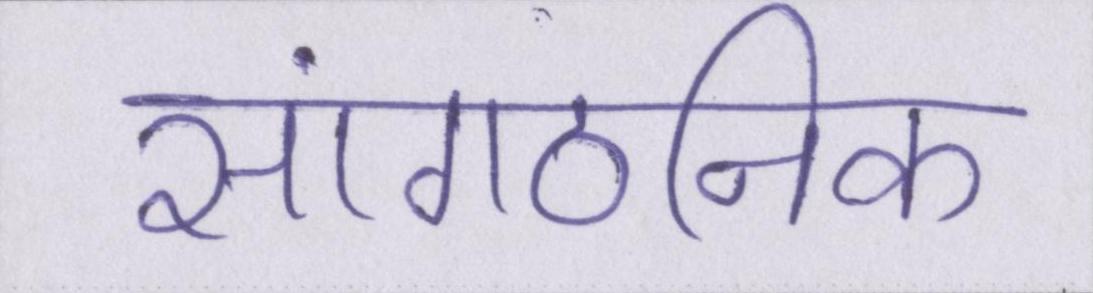
सांगठनिक